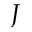
J